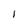
Character: 1